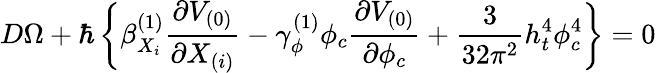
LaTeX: D\Omega+\hbar\left\{ \beta_{X_{i}}^{(1)}\frac{\partial V_{(0)}}{\partial X_{(i)}}-\gamma_{\phi}^{(1)}\phi_{c}\frac{\partial V_{(0)}}{\partial\phi_{c}}+\frac{3}{32\pi^{2}}h_{t}^{4}\phi_{c}^{4}\right\} =0